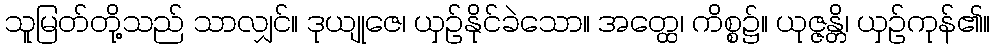
သူမြတ်တို့သည် သာလျှင်။ ဒုယျုဇေ၊ ယှဉ်နိုင်ခဲသော။ အတ္ထေ၊ ကိစ္စ၌။ ယုဇ္ဇန္တိ၊ ယှဉ်ကုန်၏။